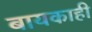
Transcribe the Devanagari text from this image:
बायकाही